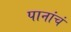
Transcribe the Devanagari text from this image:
पानांचं